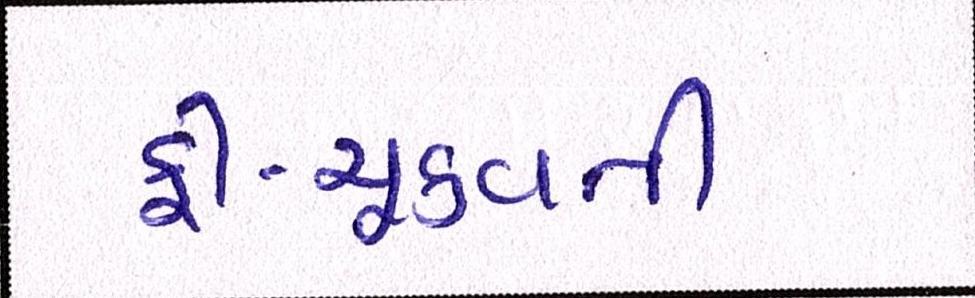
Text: ફી-ચૂકવતી